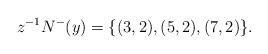
LaTeX: \begin{align*}z^{-1} N^-(y) = \{ (3,2), (5,2), (7,2) \}. \end{align*}